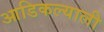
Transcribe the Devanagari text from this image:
आडिकल्याली